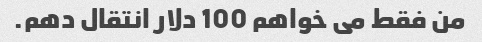
من فقط می خواهم 100 دلار انتقال دهم.